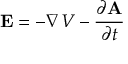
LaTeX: \mathbf { E } = - { \boldsymbol { \nabla } } V - { \frac { \partial \mathbf { A } } { \partial t } }